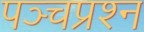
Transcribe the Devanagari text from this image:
पञ्चप्रश्न